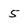
Character: 5